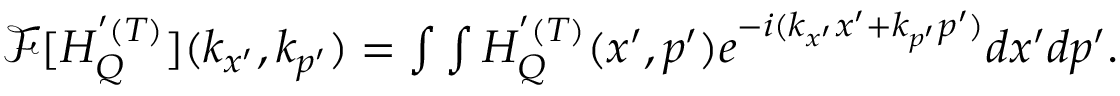
\begin{array} { r } { \mathcal { F } [ H _ { Q } ^ { ' ( T ) } ] ( k _ { x ^ { \prime } } , k _ { p ^ { \prime } } ) = \int \int H _ { Q } ^ { ' ( T ) } ( x ^ { \prime } , p ^ { \prime } ) e ^ { - i ( k _ { x ^ { \prime } } x ^ { \prime } + k _ { p ^ { \prime } } p ^ { \prime } ) } d x ^ { \prime } d p ^ { \prime } . } \end{array}